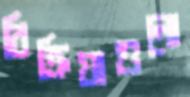
বিক্রিয়াগুলো